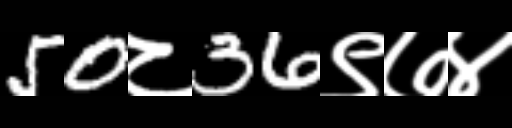
Text: 50८36९७४